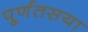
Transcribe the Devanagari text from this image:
पूर्णतसया